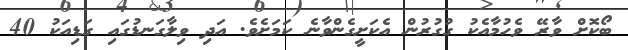
ބޯކޮށް ވާރޭ ވެހުމާއެކު ގުގުރުން އެކަށީގެންވާނެ ކަމަށެވެ. އަދި ވިލާގަނޑުގައި ގަޑިއަކު 40